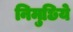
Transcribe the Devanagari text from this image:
निमुछिये